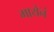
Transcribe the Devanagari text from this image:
मायेनं